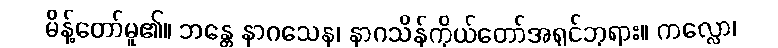
မိန့်တော်မူ၏။ ဘန္တေ နာဂသေန၊ နာဂသိန်ကိုယ်တော်အရှင်ဘုရား။ ကလ္လော၊